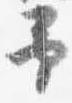
予